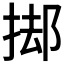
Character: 𭡊